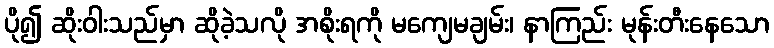
ပို၍ ဆိုးဝါးသည်မှာ ဆိုခဲ့သလို အစိုးရကို မကျေမချမ်း၊ နာကြည်း မုန်းတီးနေသော